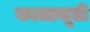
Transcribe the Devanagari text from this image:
कालाचूडी